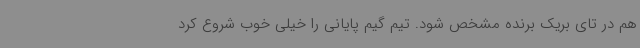
هم در تای بریک برنده مشخص شود. تیم گیم پایانی را خیلی خوب شروع کرد